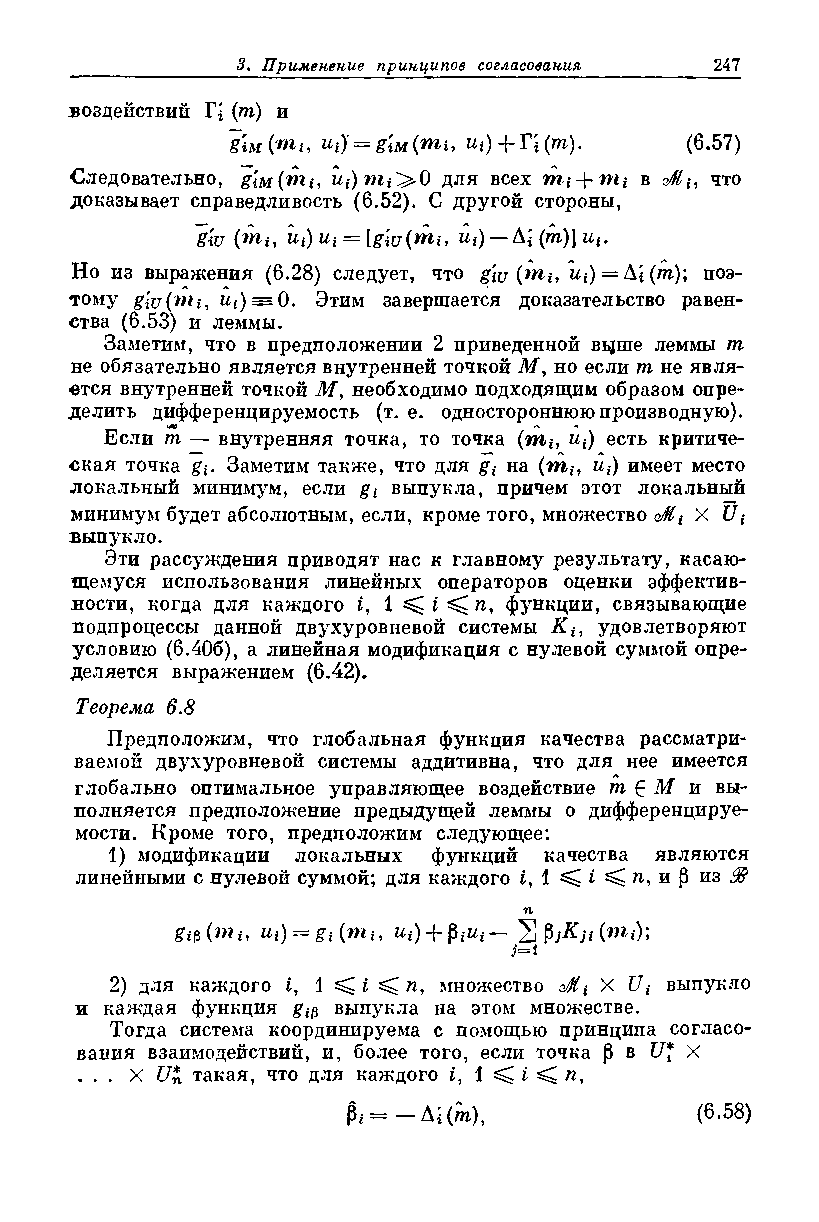
воздействий Г* (т) и
 guiimt, Ui) = g'iM(mu Ui) + T'i(m). (6.57)
 Следовательно, gm(mi,   для всех     в S(, что
 доказывает справедливость (6.52). С другой стороны,
 glu (mh Ui) Ui = [giu (wii у Ui) — Al(m)]Ui.
 Но из выражения (6.28) следует, что glu (miy Ui) = &l(m)\ поэ­
 тому glu(шi? ut) = 0. Этим завершается доказательство равен­
 ства (6.53) и леммы.
 Заметим, что в предположении 2 приведенной вь|ше леммы т
 не обязательно является внутренней точкой М, но если т не явля­
 ется внутренней точкой М> необходимо подходящим образом опре­
 делить дифференцируемость (т. е. одностороннюю производную).
 щр                      л  ^
 Если т — внутренняя точка, то точка (m,*, ut) есть критиче­
 ская точка gi. Заметим также, что для gt на (mf, ut) имеет место
 локальный минимум, если gt выпукла, причем этот локальный
 минимум будет абсолютным, если, кроме того, множество S t X U\
 выпукло.
 Эти рассуждения приводят нас к главному результату, касаю­
 щемуся использования линейных операторов оценки эффектив­
 ности, когда для каждого t, 1 ^ i ^ п, функции, связывающие
 подпроцессы данной двухуровневой системы Kt, удовлетворяют
 условию (6.406), а линейная модификация с нулевой суммой опре­
 деляется выражением (6.42).
 Теорема 6 Я
 Предположим, что глобальная функция качества рассматри­
 ваемой двухуровневой системы аддитивна, что для нее имеется
 глобально оптимальное управляющее воздействие т £ М и вы­
 полняется предположение предыдущей леммы о дифференцируе­
 мости. Кроме того, предположим следующее:
 1) модификации локальных функций качества являются
 линейными с нулевой суммой; для каждого t, 1 ^ i ^ п, и |3 из 3S
 п
 Ui) — gt {mt, +
 J=1
 2) для каждого t, 1 ^ i ^ n, множество Si X Ut выпукло
 и каждая функция gm выпукла на этом множестве.
 Тогда система координируема с помощью принципа согласо­
 вания взаимодействий, и, более того, если точка $ в U* X
 ... X U* такая, что для каждого £, 1 ^ i ^ /г,